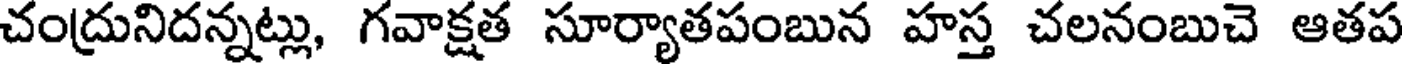
చంద్రునిదన్నట్లు, గవాక్షత సూర్యాతపంబున హస్త చలనంబుచె ఆతప